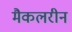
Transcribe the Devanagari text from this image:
मैकलरीन